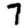
Digit: 7